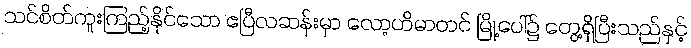
သင်စိတ်ကူးကြည့်နိုင်သော ဧပြီလဆန်းမှာ လော့ဟိမာတင် မြို့ပေါ်၌ တွေ့ရှိပြီးသည်နှင့်